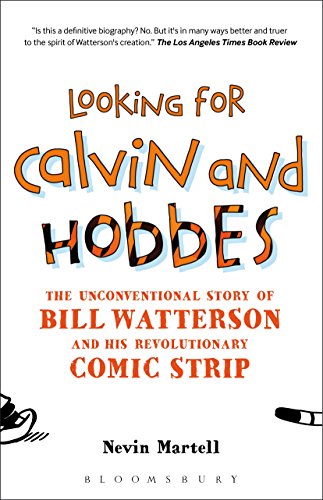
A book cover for Looking for Calvin and Hobbes: The Unconventional Story of Bill Watterson and his Revolutionary Comic Strip; Nevin Martell; Comics & Graphic Novels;